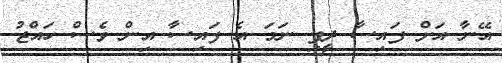
އޭނާ އަށް ފައިސާ ދީފި ނަމަ އެ ފައިސާ އިން ވެސް ހައްޖު